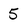
Character: 5